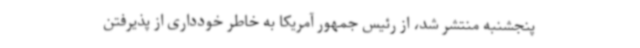
پنجشنبه منتشر شد، از رئیس جمهور آمریکا به خاطر خودداری از پذیرفتن